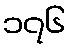
၁၇၆